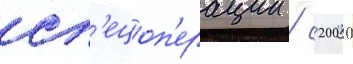
сп'ецоп'ерации / с 2000